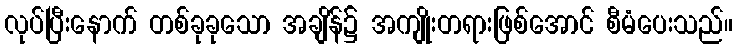
လုပ်ပြီးနောက် တစ်ခုခုသော အချိန်၌ အကျိုးတရားဖြစ်အောင် စီမံပေးသည်။